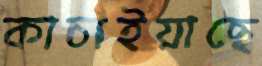
কাচাইয়াছে